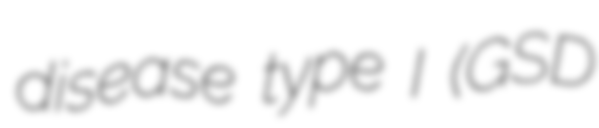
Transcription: disease type I (GSD